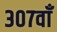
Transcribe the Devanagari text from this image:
३०७वाँ